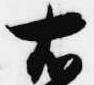
右